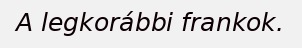
A legkorábbi frankok.